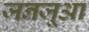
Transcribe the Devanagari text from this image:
जनजूआ